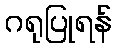
ဂရုပြုရန်